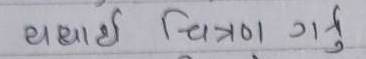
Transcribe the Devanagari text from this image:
थाहा चित्रण गर्नु